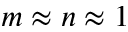
m \approx n \approx 1